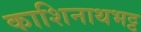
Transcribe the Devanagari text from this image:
काशिनाथभट्ट